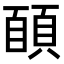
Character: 𩓑